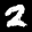
Label: 2